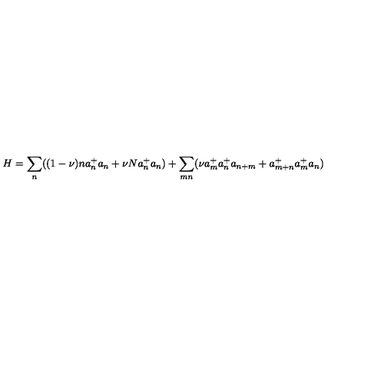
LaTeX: H = \sum _ { n } ( ( 1 - \nu ) n a _ { n } ^ { + } a _ { n } + \nu N a _ { n } ^ { + } a _ { n } ) + \sum _ { m n } ( \nu a _ { m } ^ { + } a _ { n } ^ { + } a _ { n + m } + a _ { m + n } ^ { + } a _ { m } ^ { + } a _ { n } )